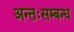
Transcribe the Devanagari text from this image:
अन्तःसम्बन्ध